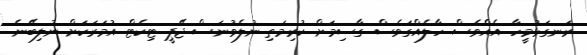
ރަނގަޅުމީހާ. އެއްވެސް ހާލެއްގަވެސް ގާސިމަށް ކުރިމަތި ނުލެވުނަސް ޖޭޕީ ޓިކެޓް އުމަރަކަށް ނުލިބޭނެ.